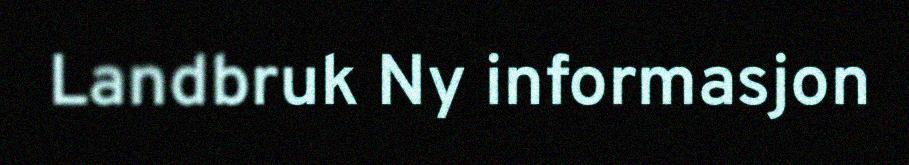
Landbruk Ny informasjon